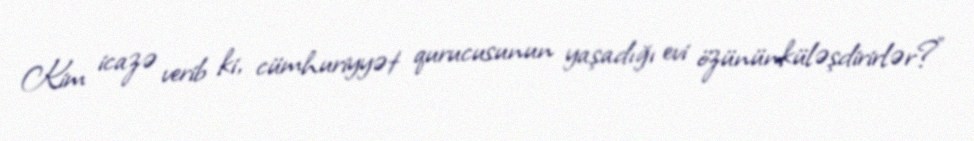
Kim icazə verib ki, cümhuriyyət qurucusunun yaşadığı evi özününküləşdirirlər?”